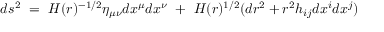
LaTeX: d s ^ { 2 } ~ = ~ H ( r ) ^ { - 1 / 2 } \eta _ { \mu \nu } d x ^ { \mu } d x ^ { \nu } ~ + ~ H ( r ) ^ { 1 / 2 } ( d r ^ { 2 } + r ^ { 2 } h _ { i j } d x ^ { i } d x ^ { j } )